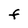
Character: F